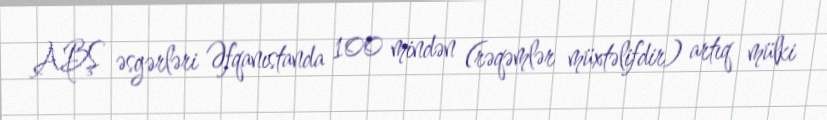
ABŞ əsgərləri Əfqanıstanda 100 mindən (rəqəmlər müxtəlifdir) artıq mülki